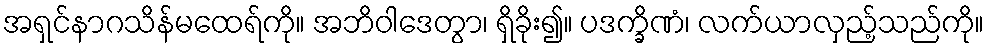
အရှင်နာဂသိန်မထေရ်ကို။ အဘိဝါဒေတွာ၊ ရှိခိုး၍။ ပဒက္ခိဏံ၊ လက်ယာလှည့်သည်ကို။